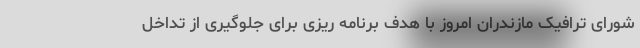
شورای ترافیک مازندران امروز با هدف برنامه ریزی برای جلوگیری از تداخل